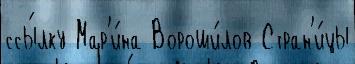
ссы́лку Мар'и́на Вороши́лов Стран'и́цы